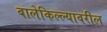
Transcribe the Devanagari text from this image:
बालेकिल्ल्यावरील